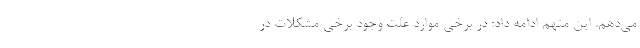
می‌دهم. این متهم ادامه داد: در برخی موارد علت وجود برخی مشکلات در